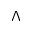
\Lambda